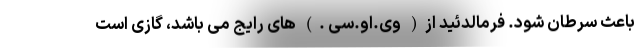
باعث سرطان شود. فرمالدئید از( وی.او.سی .) های رایج می باشد، گازی است